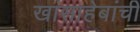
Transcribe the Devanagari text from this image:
खांसाहेबांची